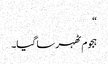
“
ہجوم ٹھہر سا گیا۔